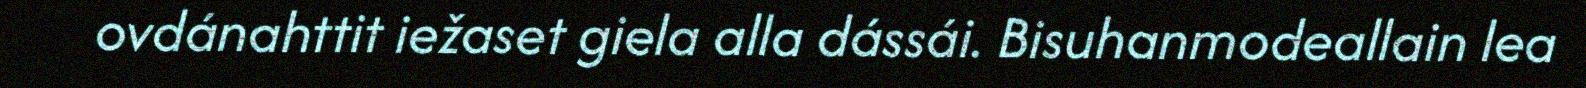
ovdánahttit iežaset giela alla dássái. Bisuhanmodeallain lea